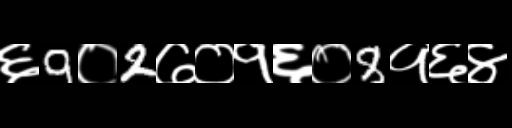
Text: ६9०2७०१६०8१६४